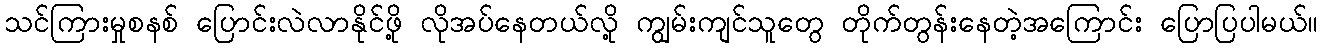
သင်ကြားမှုစနစ် ပြောင်းလဲလာနိုင်ဖို့ လိုအပ်နေတယ်လို့ ကျွမ်းကျင်သူတွေ တိုက်တွန်းနေတဲ့အကြောင်း ပြောပြပါမယ်။